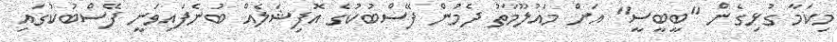
މިކަމާ ގުޅިގެން "ބީބީސީ" އަށް މައުލޫމާތު ދެމުން ފޭސްބުކުގެ އޮފިޝަލެއް ބުނެފައިވަނީ ފޭސްބުކުގައި